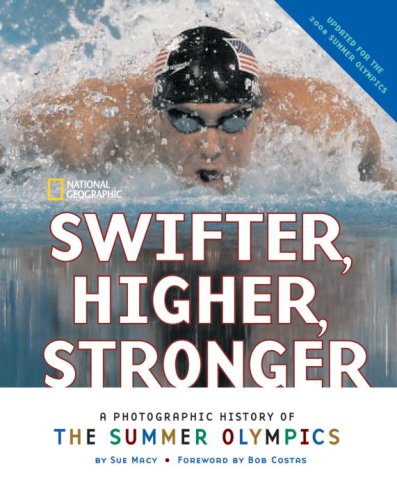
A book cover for Swifter, Higher, Stronger: A Photographic History of the Summer Olympics; Sue Macy; Children's Books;